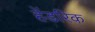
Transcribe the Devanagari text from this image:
हेंडरिक